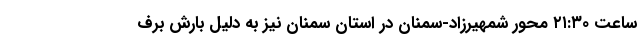
ساعت ۲۱:۳۰ محور شمهیرزاد-سمنان در استان سمنان نیز به دلیل بارش برف